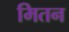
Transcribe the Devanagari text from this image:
मितन